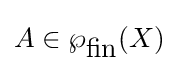
A\in \wp _{\mbox{fin}}(X)